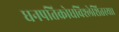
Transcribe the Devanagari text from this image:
धनपतिक्रोधविश्लेशितस्य।।